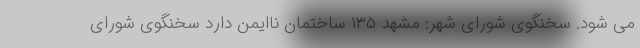
می شود. سخنگوی شورای شهر: مشهد ۱۳۵ ساختمان ناایمن دارد سخنگوی شورای